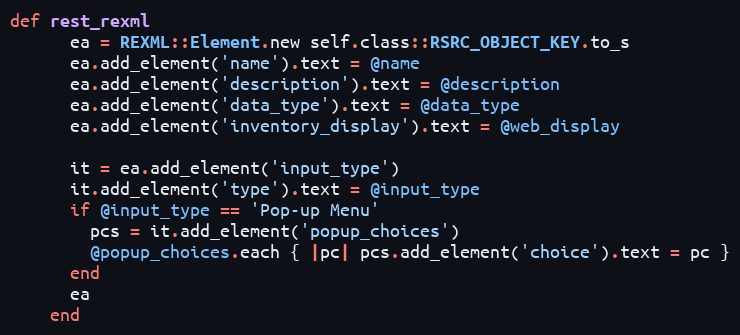
Language: Ruby
def rest_rexml
      ea = REXML::Element.new self.class::RSRC_OBJECT_KEY.to_s
      ea.add_element('name').text = @name
      ea.add_element('description').text = @description
      ea.add_element('data_type').text = @data_type
      ea.add_element('inventory_display').text = @web_display

      it = ea.add_element('input_type')
      it.add_element('type').text = @input_type
      if @input_type == 'Pop-up Menu'
        pcs = it.add_element('popup_choices')
        @popup_choices.each { |pc| pcs.add_element('choice').text = pc }
      end
      ea
    end